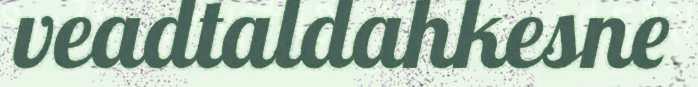
veadtaldahkesne